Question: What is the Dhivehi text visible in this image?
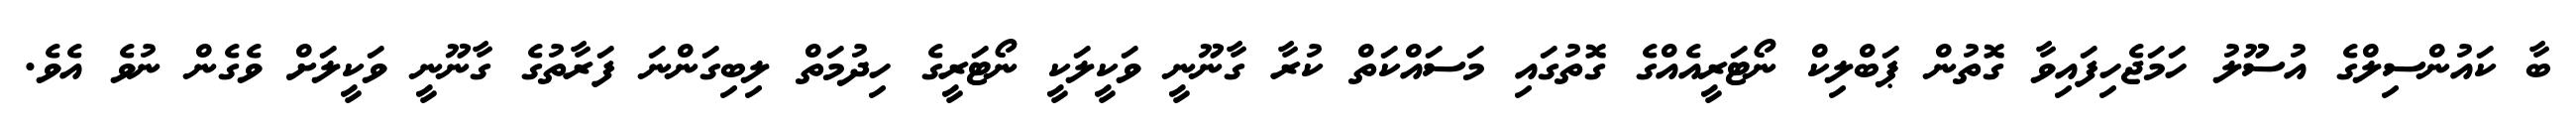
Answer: ބާ ކައުންސިލްގެ އުސޫލު ހަމަޖެހިފައިވާ ގޮތުން ޕަބްލިކް ނޯޓަރީއެއްގެ ގޮތުގައި މަސައްކަތް ކުރާ ގާނޫނީ ވަކީލަކީ ނޯޓަރީގެ ހިދުމަތް ލިބިގަންނަ ފަރާތުގެ ގާނޫނީ ވަކީލަށް ވެގެން ނުވެ އެވެ.